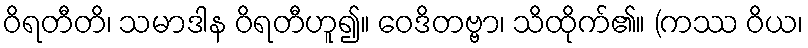
ဝိရတီတိ၊ သမာဒါန ဝိရတီဟူ၍။ ဝေဒိတဗ္ဗာ၊ သိထိုက်၏။ (ကဿ ဝိယ၊